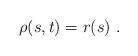
LaTeX: \begin{align*} \rho(s,t)=r(s)~.\end{align*}